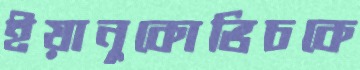
ইয়ানুকোভিচকে